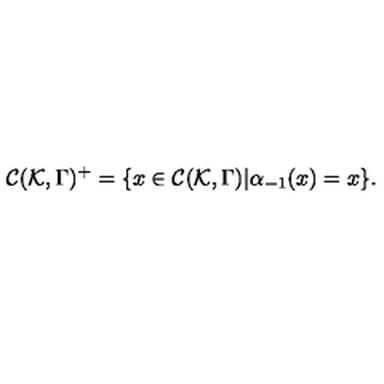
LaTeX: { \cal C } ( { \cal K } , \Gamma ) ^ { + } = \{ x \in { \cal C } ( { \cal K } , \Gamma ) | \alpha _ { - 1 } ( x ) = x \} .